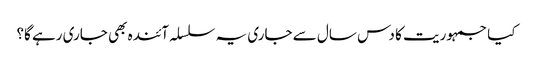
کیا جمہوریت کا دس سال سے جاری یہ سلسلہ آئندہ بھی جاری رہے گا؟